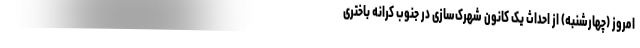
امروز (چهارشنبه) از احداث یک کانون شهرک‌سازی در جنوب کرانه باختری